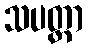
သပတ္တာ